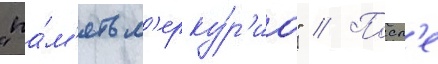
"па́м'ять м'ерку́р'иа" // Посл'е